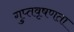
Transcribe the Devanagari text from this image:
गुप्‍तवृषणता